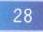
\(28\)